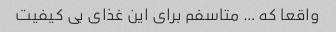
واقعا که … متاسفم برای این غذای بی کیفیت